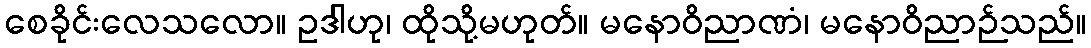
စေခိုင်းလေသလော။ ဥဒါဟု၊ ထိုသို့မဟုတ်။ မနောဝိညာဏံ၊ မနောဝိညာဉ်သည်။